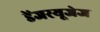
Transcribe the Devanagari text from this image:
डेंजरयूजेज